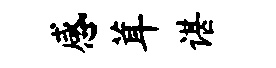
感茸谌